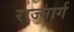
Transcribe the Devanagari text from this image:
राज्मार्ग